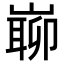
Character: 𡼅